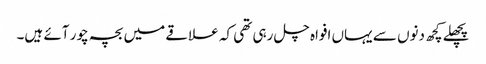
پچھلے کچھ دنوں سے یہاں افواہ چل رہی تھی کہ علاقے میں بچہ چور آئے ہیں۔